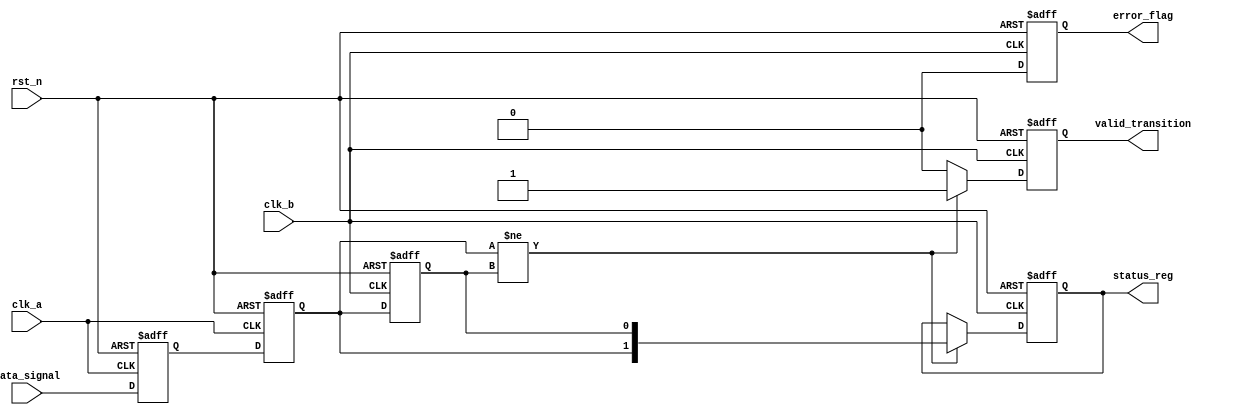
module cdc_detector (
    input wire clk_a,           // Clock for the source domain
    input wire clk_b,           // Clock for the destination domain
    input wire rst_n,           // Active low reset
    input wire data_signal,      // Data signal to be monitored
    output reg error_flag,      // Error flag indicating metastability or invalid transitions
    output reg valid_transition, // Signal indicating a valid transition occurred
    output reg [1:0] status_reg // Status register holding sampled values
);

    // Registers for synchronizing the data signal
    reg data_sync_1, data_sync_2;
    reg data_prev;

    // Asynchronous reset synchronization logic in destination clock domain
    always @(posedge clk_a or negedge rst_n) begin
        if (!rst_n) begin
            data_sync_1 <= 1'b0;
            data_sync_2 <= 1'b0;
        end else begin
            data_sync_1 <= data_signal; // Capture data on clk_a
            data_sync_2 <= data_sync_1; // Synchronize data to clk_b
        end
    end

    // Capture transitions on clk_b domain
    always @(posedge clk_b or negedge rst_n) begin
        if (!rst_n) begin
            data_prev <= 1'b0;
            valid_transition <= 1'b0;
            status_reg <= 2'b00;
            error_flag <= 1'b0;
        end else begin
            // Check for transitions
            if (data_sync_2 != data_prev) begin
                valid_transition <= 1'b1; // Valid transition detected
                status_reg <= {data_sync_2, data_prev};
                error_flag <= 1'b0; // Clear error flag on valid transition
            end else begin
                valid_transition <= 1'b0;
                error_flag <= 1'b0;
            end
            
            // Save current state for next comparison
            data_prev <= data_sync_2;
        end
    end

endmodule